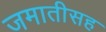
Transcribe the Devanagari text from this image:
जमातीसह